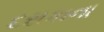
દસકાના